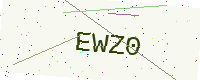
Text: EWZ0